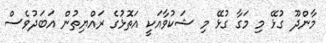
މާންދޫ ގުޅޭ މިި މަގާ ގުޅޭ މި ޝަކުވާއަކީ އަތޮޅުގެ ރައްޔިތުން އަބަދުވެސް